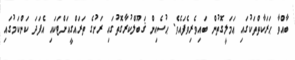
ބާއްވާ ޙަރަކާތްތަކުގައި ޢަމަލީގޮތުން ބައިވެރިވެފައެވެ. ޙުސެއިން ޤަބޫލްކުރާގޮތުގައި ރަށުގެ ތަރައްގީއަށްޓަކައި އެފަދަ ކަންކަމުގައި